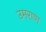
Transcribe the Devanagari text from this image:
उमराण